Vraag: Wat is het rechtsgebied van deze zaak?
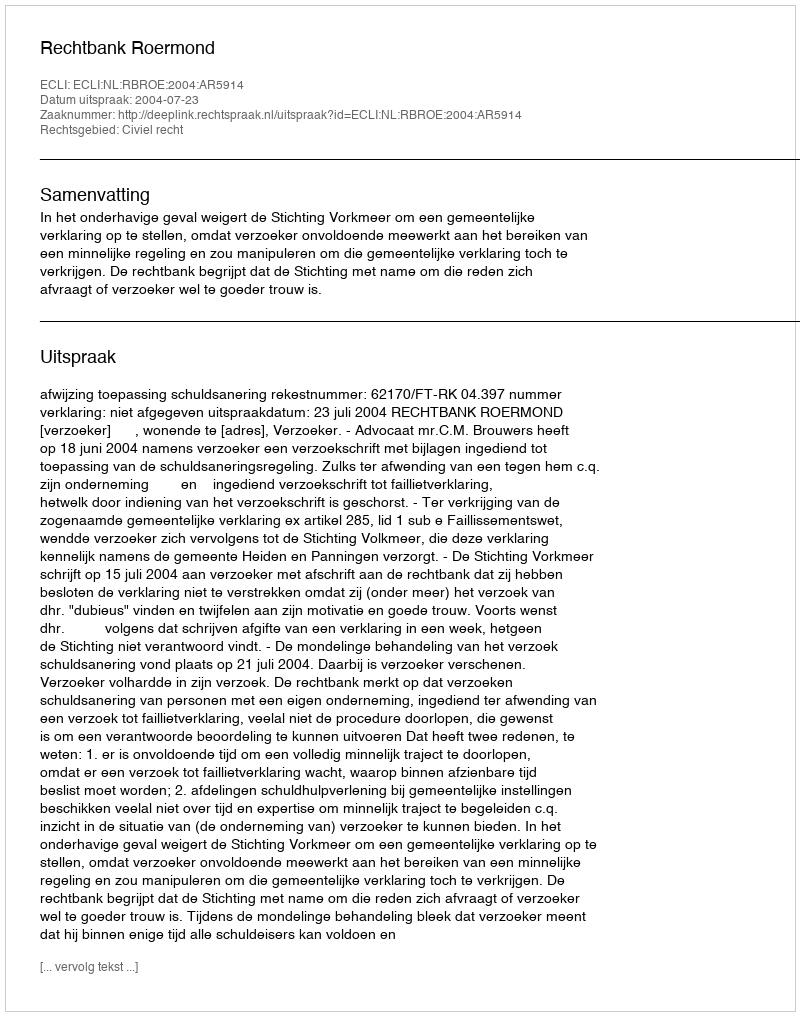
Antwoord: Civiel recht